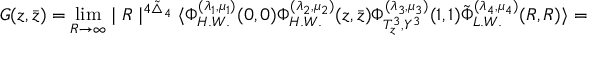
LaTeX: G ( z , \bar { z } ) = \operatorname * { l i m } _ { R \rightarrow \infty } \mid { R } \mid ^ { 4 \tilde { \bigtriangleup } _ { 4 } } \langle \Phi _ { H . W . } ^ { ( \lambda _ { 1 } , \mu _ { 1 } ) } ( 0 , 0 ) \Phi _ { H . W . } ^ { ( \lambda _ { 2 } , \mu _ { 2 } ) } ( z , \bar { z } ) \Phi _ { T _ { z } ^ { 3 } , Y ^ { 3 } } ^ { ( \lambda _ { 3 } , \mu _ { 3 } ) } ( 1 , 1 ) \tilde { \Phi } _ { L . W . } ^ { ( \lambda _ { 4 } , \mu _ { 4 } ) } ( R , R ) \rangle =